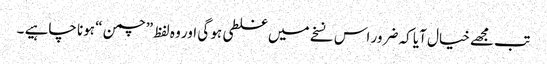
تب مجھے خیال آیا کہ ضرور اس نسخے میں غلطی ہو گی اور وہ لفظ ”چمن “ ہونا چاہیے ۔